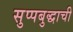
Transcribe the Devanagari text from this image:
सुप्पबुद्धाची